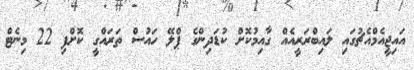
އައިޖީއެމްއެޗުގައި ލައިބްރަރީއެއް ގާއިމުކޮށް ކުޑަދިންގެ ޕްލޭ ހައުސް ތަރައްގީ ކޮށްފި 22 މިނެޓް